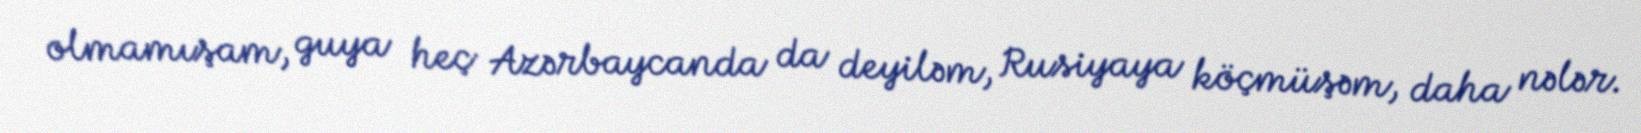
olmamışam, guya heç Azərbaycanda da deyiləm, Rusiyaya köçmüşəm, daha nələr.